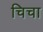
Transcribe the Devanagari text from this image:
चिचा